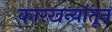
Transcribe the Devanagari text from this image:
कारखन्यांतून